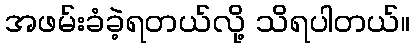
အဖမ်းခံခဲ့ရတယ်လို့ သိရပါတယ်။